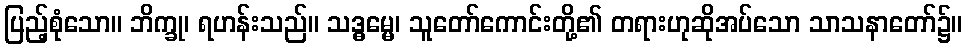
ပြည့်စုံသော။ ဘိက္ခု၊ ရဟန်းသည်။ သဒ္ဓမ္မေ၊ သူတော်ကောင်းတို့၏ တရားဟုဆိုအပ်သော သာသနာတော်၌။